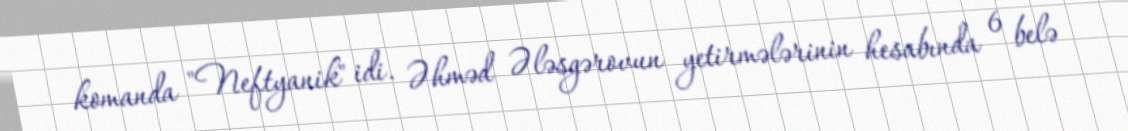
komanda "Neftyanik" idi. Əhməd Ələsgərovun yetirmələrinin hesabında 6 belə